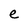
Character: e